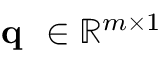
\textbf { q } \in \mathbb { R } ^ { m \times 1 }